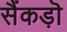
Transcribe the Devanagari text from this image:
सैंकड़ॊ